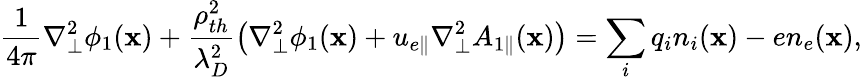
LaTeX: \frac{1}{4\pi}\nabla_{\perp}^{2}\phi_{1}(\textbf{x})+\frac{\rho_{th}^{2}}{\lambda_{D}^{2}}\left(\nabla_{\perp}^{2}\phi_{1}(\textbf{x})+u_{e\parallel}\nabla_{\perp}^{2}A_{1\parallel}(\textbf{x})\right)=\sum_{i}q_{i}n_{i}(\textbf{x})-en_{e}(\textbf{x}),